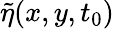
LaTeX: \widetilde{\eta}(x,y,t_{0})